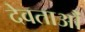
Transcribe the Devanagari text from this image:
देवताऔं